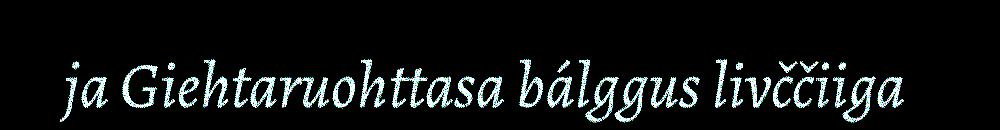
ja Giehtaruohttasa bálggus livččiiga